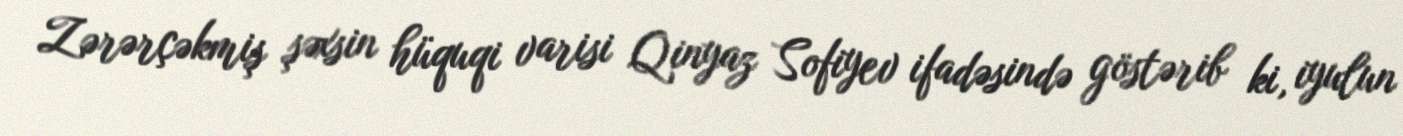
Zərərçəkmiş şəxsin hüquqi varisi Qinyaz Sofiyev ifadəsində göstərib ki, iyulun